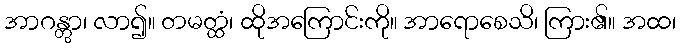
အာဂန္တွာ၊ လာ၍။ တမတ္ထံ၊ ထိုအကြောင်းကို။ အာရောစေသိ၊ ကြား၏။ အထ၊